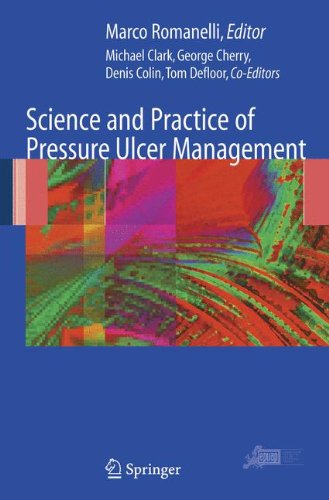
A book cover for Science and Practice of Pressure Ulcer Management; Health, Fitness & Dieting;